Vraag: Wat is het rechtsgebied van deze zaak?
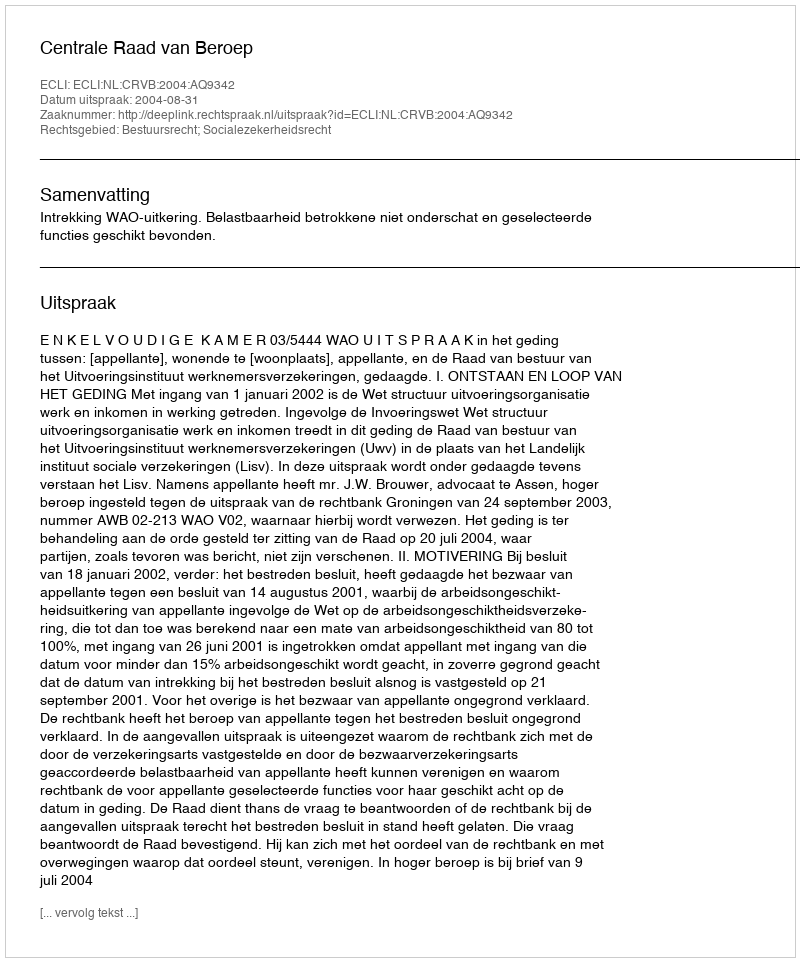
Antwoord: Bestuursrecht; Socialezekerheidsrecht